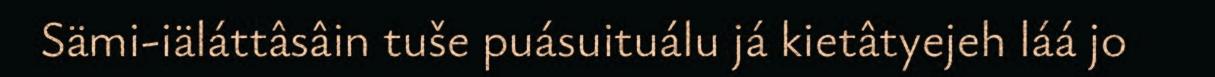
Sämi-iäláttâsâin tuše puásuituálu já kietâtyejeh láá jo